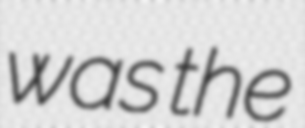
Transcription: was the